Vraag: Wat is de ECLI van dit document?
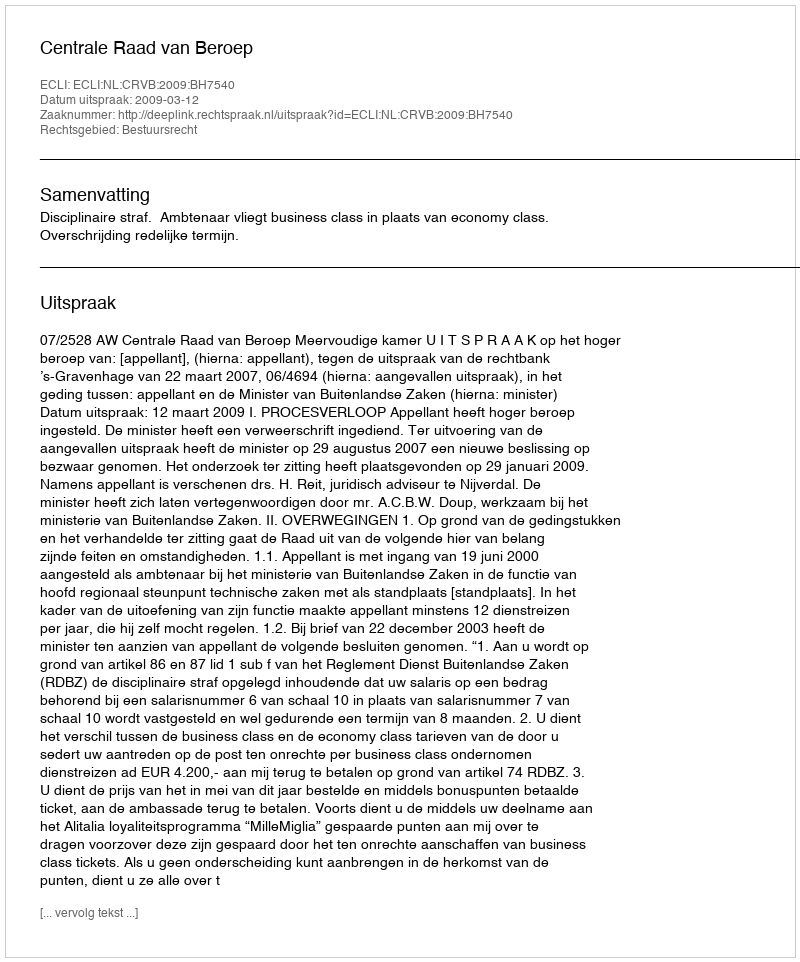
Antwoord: ECLI:NL:CRVB:2009:BH7540